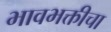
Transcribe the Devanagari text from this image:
भावभक्तीचा